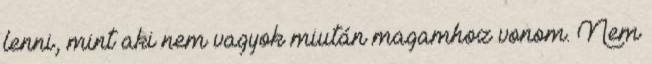
lenni, mint aki nem vagyok miután magamhoz vonom. Nem